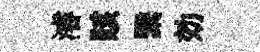
濬賅繄効